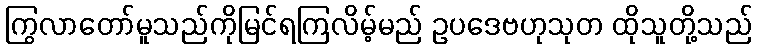
ကြွလာတော်မူသည်ကိုမြင်ရကြလိမ့်မည် ဥပဒေဗဟုသုတ ထိုသူတို့သည်